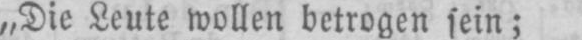
„Die Leute wollen betrogen sein;